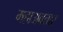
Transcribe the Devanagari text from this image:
महाअवतार